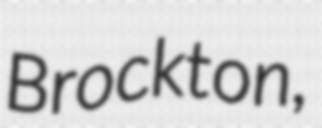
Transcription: Brockton,